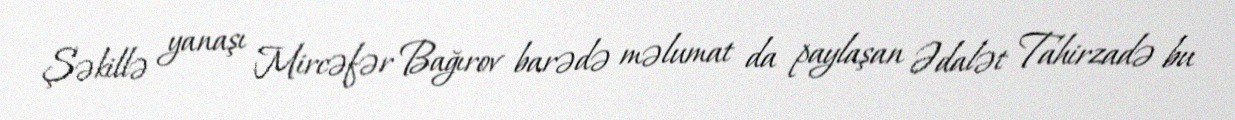
Şəkillə yanaşı Mircəfər Bağırov barədə məlumat da paylaşan Ədalət Tahirzadə bu